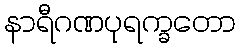
နာရီဂဏပုရက္ခတော